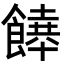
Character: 𩞔